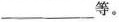
___等。